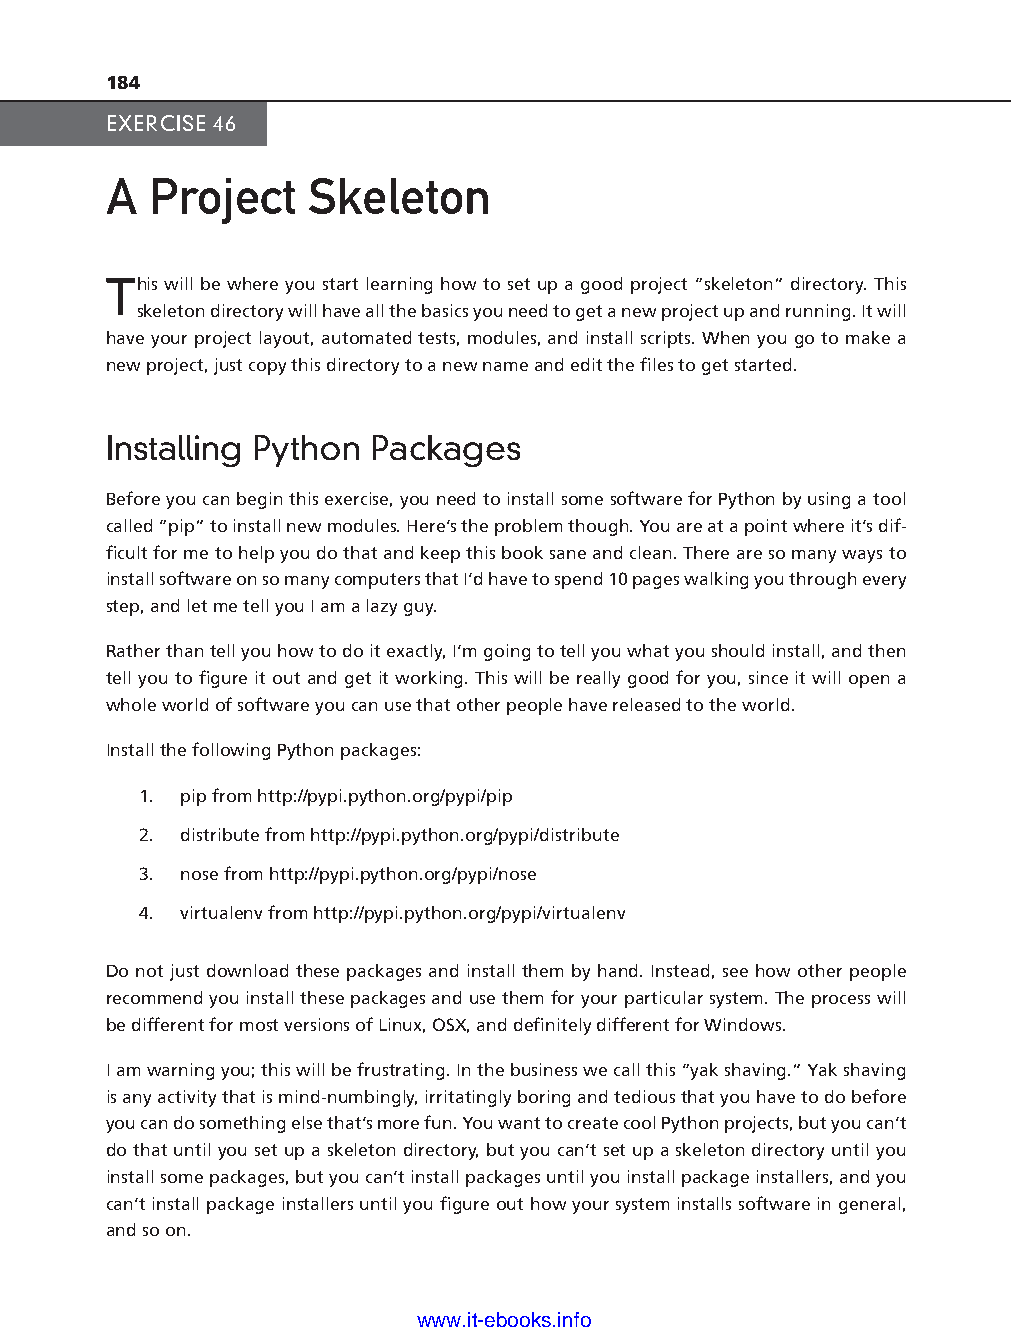
184
 EXERCISE 46
 A  Project    Skeleton
 This will be where you start learning how to set up a good project “skeleton” directory. This
 skeleton directory will have all the basics you need to get a new project up and running. It will
 have your project layout, automated tests, modules, and install scripts. When you go to make a
 new project, just copy this directory to a new name and edit the fi les to get started.
 Installing Python Packages
 Before you can begin this exercise, you need to install some software for Python by using a tool
 called “pip” to install new modules. Here’s the problem though. You are at a point where it’s dif-
 fi cult for me to help you do that and keep this book sane and clean. There are so many ways to
 install software on so many computers that I’d have to spend 10 pages walking you through every
 step, and let me tell you I am a lazy guy.
 Rather than tell you how to do it exactly, I’m going to tell you what you should install, and then
 tell you to fi gure it out and get it working. This will be really good for you, since it will open a ptg11539604
 whole world of software you can use that other people have released to the world.
 Install the following Python packages:
 1. pip from http://pypi.python.org/pypi/pip
 2. distribute from http://pypi.python.org/pypi/distribute
 3. nose from http://pypi.python.org/pypi/nose
 4. virtualenv from http://pypi.python.org/pypi/virtualenv
 Do not just download these packages and install them by hand. Instead, see how other people
 recommend you install these packages and use them for your particular system. The process will
 be different for most versions of Linux, OSX, and defi nitely different for Windows.
 I am warning you; this will be frustrating. In the business we call this “yak shaving.” Yak shaving
 is any activity that is mind-numbingly, irritatingly boring and tedious that you have to do before
 you can do something else that’s more fun. You want to create cool Python projects, but you can’t
 do that until you set up a skeleton directory, but you can’t set up a skeleton directory until you
 install some packages, but you can’t install packages until you install package installers, and you
 can’t install package installers until you fi gure out how your system installs software in general,
 and so on.
 www.it-ebooks.info